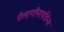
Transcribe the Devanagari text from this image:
पेलार्गोनायडिन्स